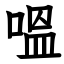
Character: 嗢